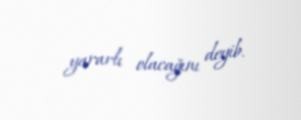
yararlı olacağını deyib.